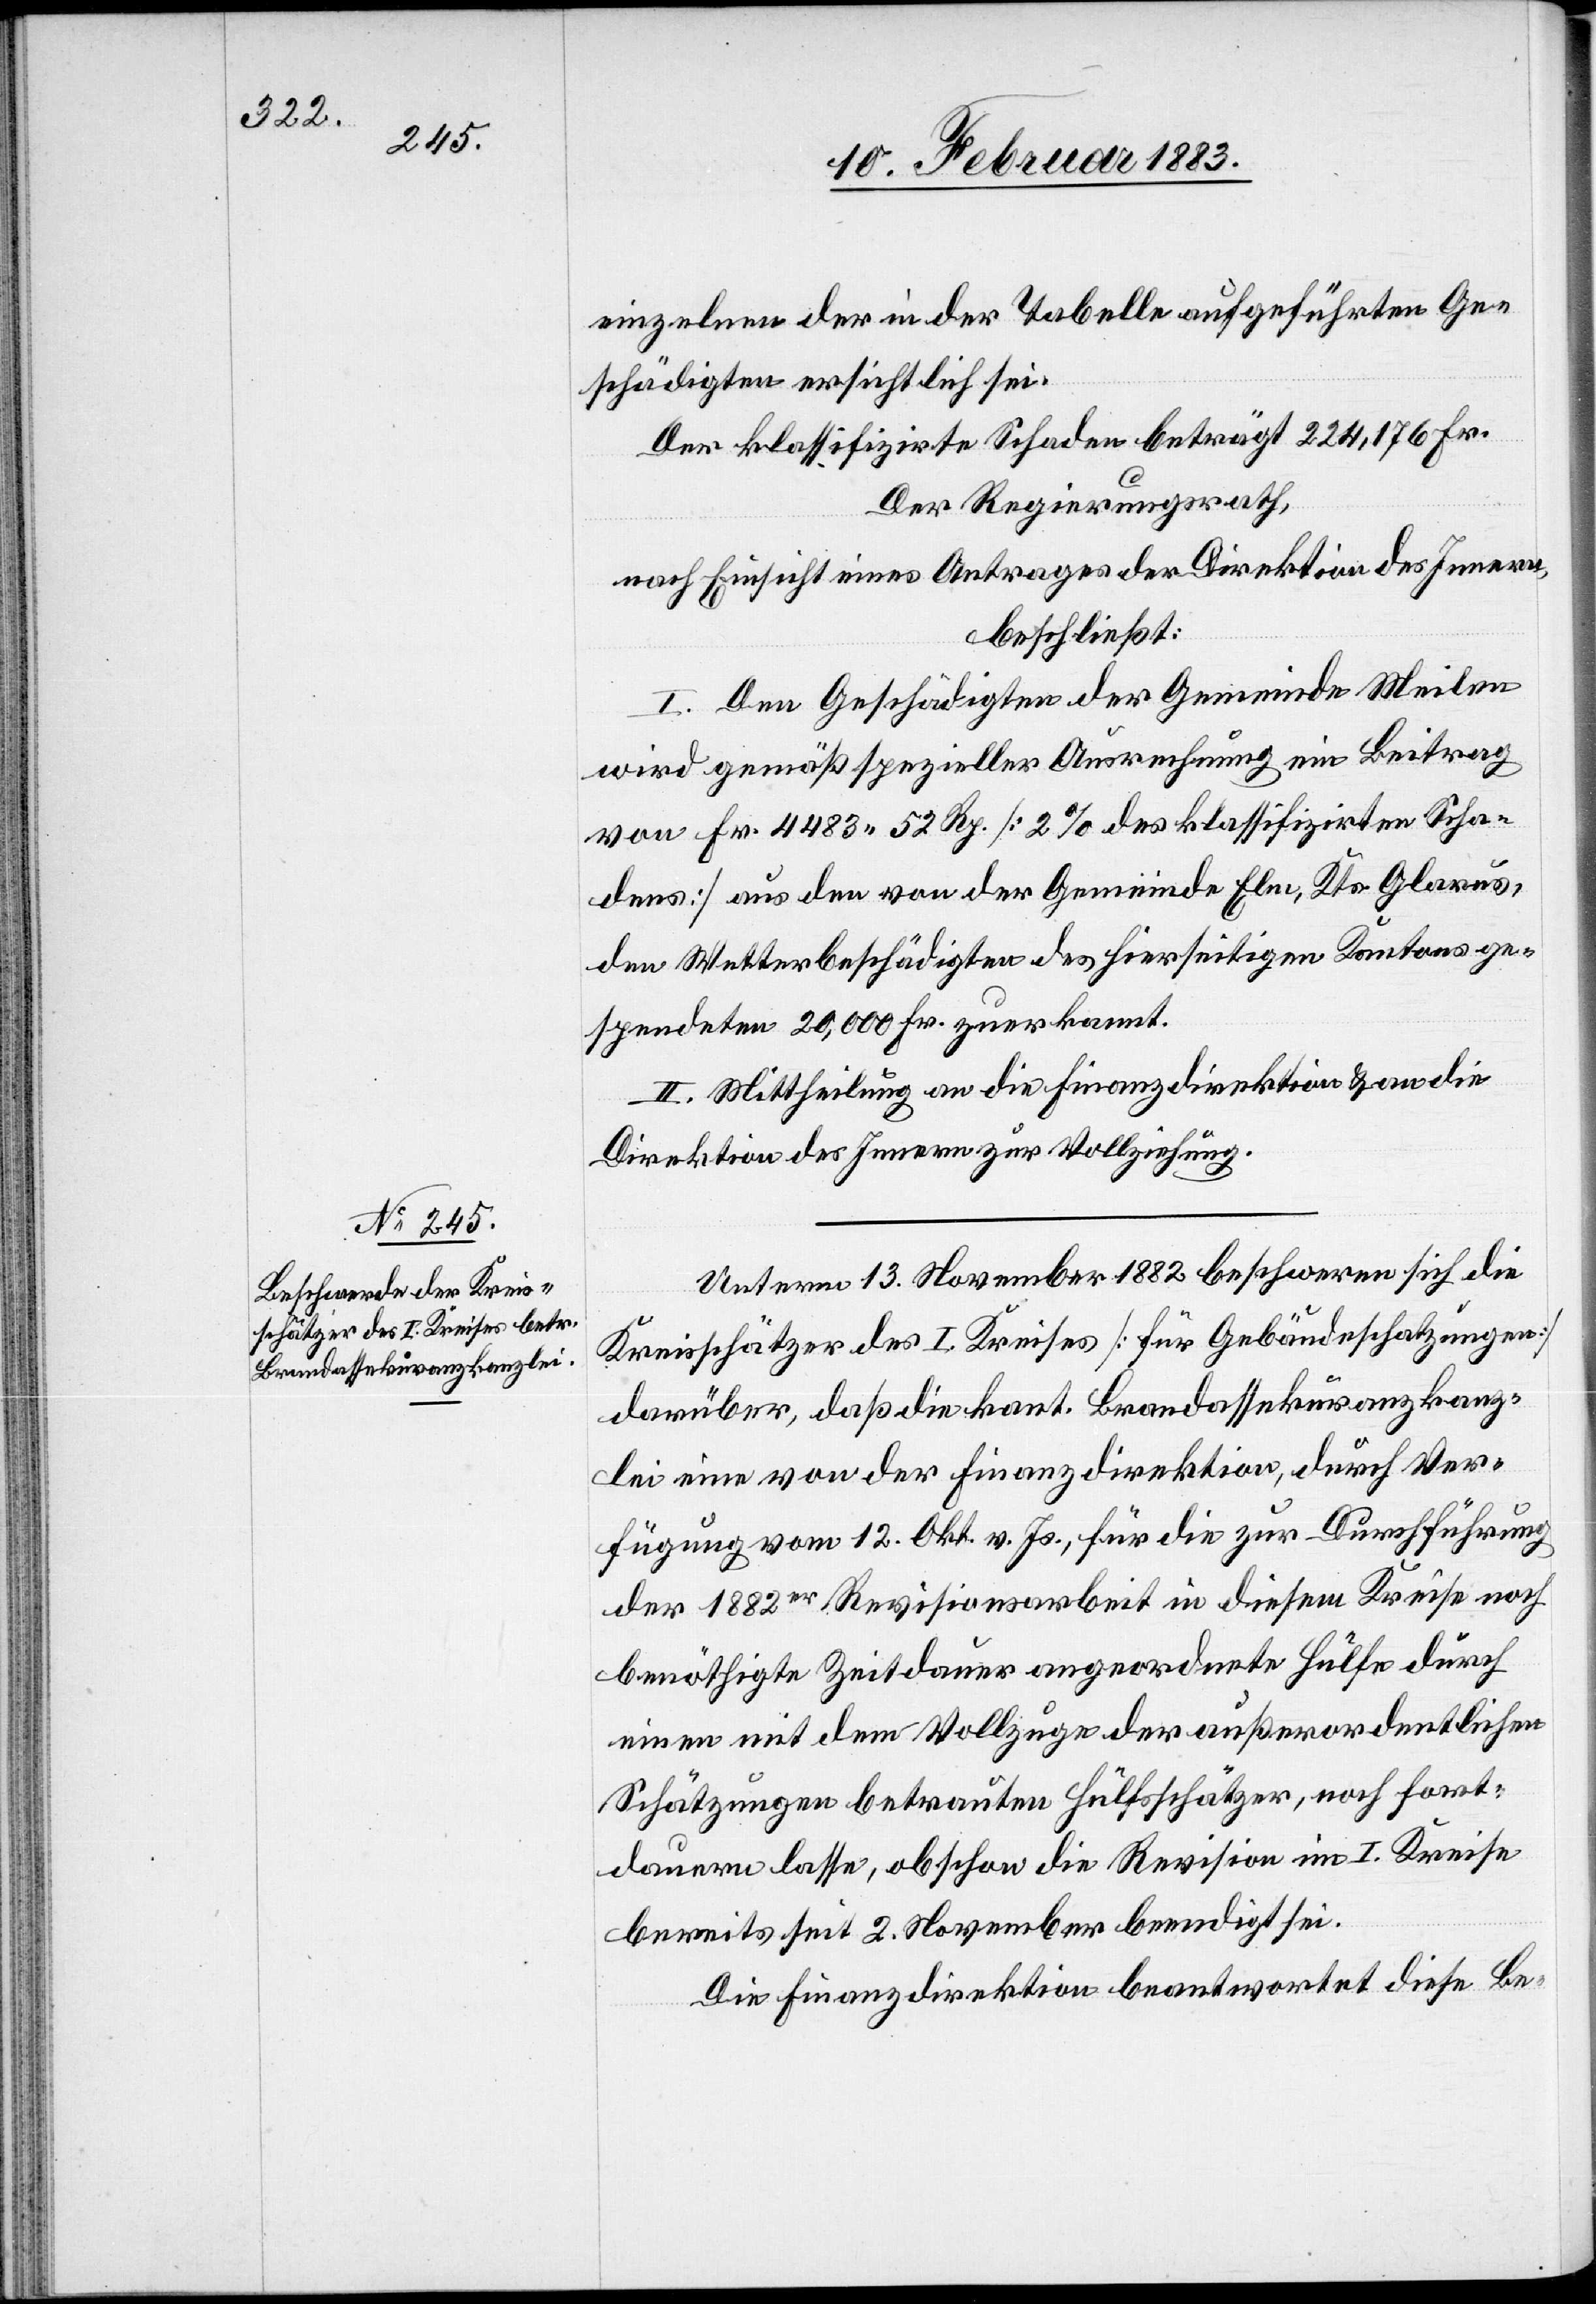
einzelnen der in der Tabelle aufgeführten Ge¬
schädigten ersichtlich sei.
Der klassifizirte Schaden beträgt 224,176 Fr.
Der Regierungsrath,
nach Einsicht eines Antrages der Direktion des Innern,
beschließt:
I. Den Geschädigten der Gemeinde Meilen
wird gemäß spezieller Ausrechnung ein Beitrag
von Fr. 4483 52 Rp. [2% des klassifizirten Scha¬
dens] aus den von der Gemeinde Elm, Kts. Glarus,
den Wetterbeschädigten des hierseitigen Kantons ge¬
spendeten 20,000 Fr. zuerkannt.
II. Mittheilung an die Finanzdirektion & an die
Direktion des Innern zur Vollziehung.
Unterm 13. November 1882 beschweren sich die
Kreisschätzer des I. Kreises [für Gebäudeschatzungen]
darüber, daß die kant. Brandassekuranzkanz¬
lei eine von der Finanzdirektion, durch Ver¬
fügung vom 12. Okt. v. Js., für die zur Durchführung
der 1882er Revisionsarbeit in diesem Kreise noch
benöthigte Zeitdauer angeordnete Hülfe durch
einen mit dem Vollzuge der außerordentlichen
Schätzungen betrauten Hülfsschätzer, noch fort¬
dauern lasse, obschon die Revision im I. Kreise
bereits seit 2. November beendigt sei.
Die Finanzdirektion beantwortet diese Be-